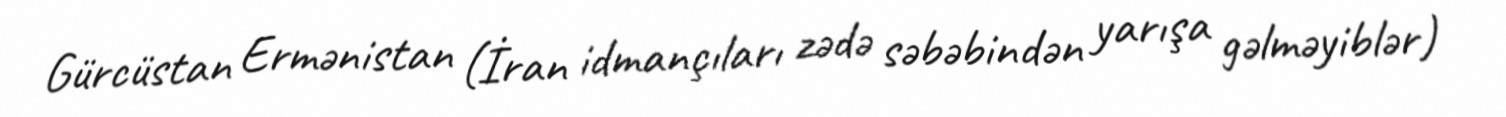
Gürcüstan Ermənistan (İran idmançıları zədə səbəbindən yarışa gəlməyiblər)